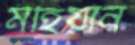
মহিয়ান